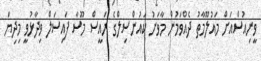
ވީނިއުސްއަށް މައުލޫމާތު ދެއްވަމުން މާވަށު ކައުންސިލްގެ ރައީސް މޫސާ ފައިސަލް ވިދާޅުވީ މިދިޔަ